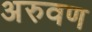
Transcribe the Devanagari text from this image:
अरुवण